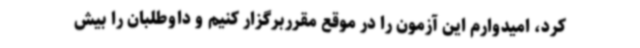
کرد، امیدوارم این آزمون را در موقع مقرربرگزار کنیم و داوطلبان را بیش